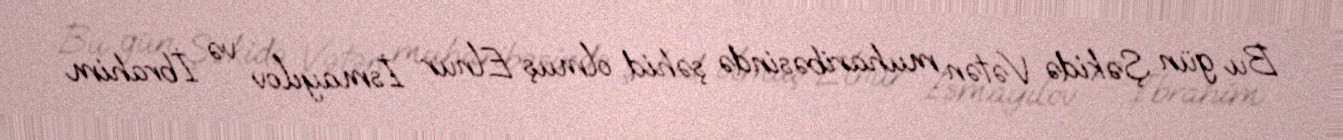
Bu gün Şəkidə Vətən muharibəsində şəhid olmuş Elnur İsmayılov və İbrahim